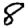
Digit: 8